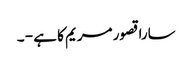
سارا قصور مریم کا ہے - ۔